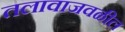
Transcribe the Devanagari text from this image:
तलावाजवळील